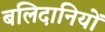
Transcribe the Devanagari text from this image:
बलिदानियों